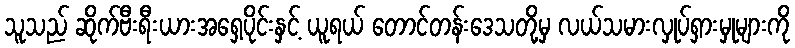
သူသည် ဆိုက်ဗီးရီးယားအရှေ့ပိုင်းနှင့် ယူရယ် တောင်တန်းဒေသတို့မှ လယ်သမားလှုပ်ရှားမှုများကို